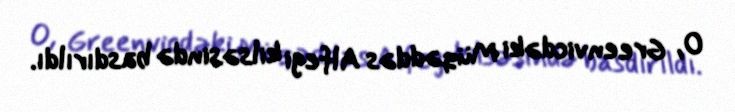
O, Greenvicdəki Müqəddəs Alfegi kilsəsində basdırıldı.